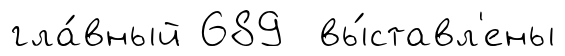
гла́вный 689 вы́ставл'ены